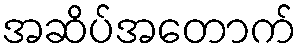
အဆိပ်အတောက်